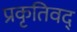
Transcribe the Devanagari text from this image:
प्रकृतिवद्